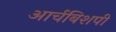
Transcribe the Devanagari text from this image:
आर्चबिशपी